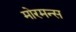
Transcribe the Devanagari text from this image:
मोरमन्स